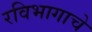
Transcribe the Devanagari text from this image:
रविभागाचे